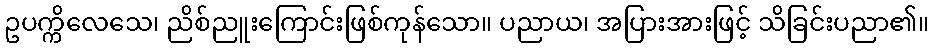
ဥပက္ကိလေသေ၊ ညိစ်ညူးကြောင်းဖြစ်ကုန်သော။ ပညာယ၊ အပြားအားဖြင့် သိခြင်းပညာ၏။